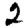
Digit: 2